Report of the Municipal Commissioner on the plague in Bombay for the year ending 31st May... - Volume 1
Disease focus: Plague
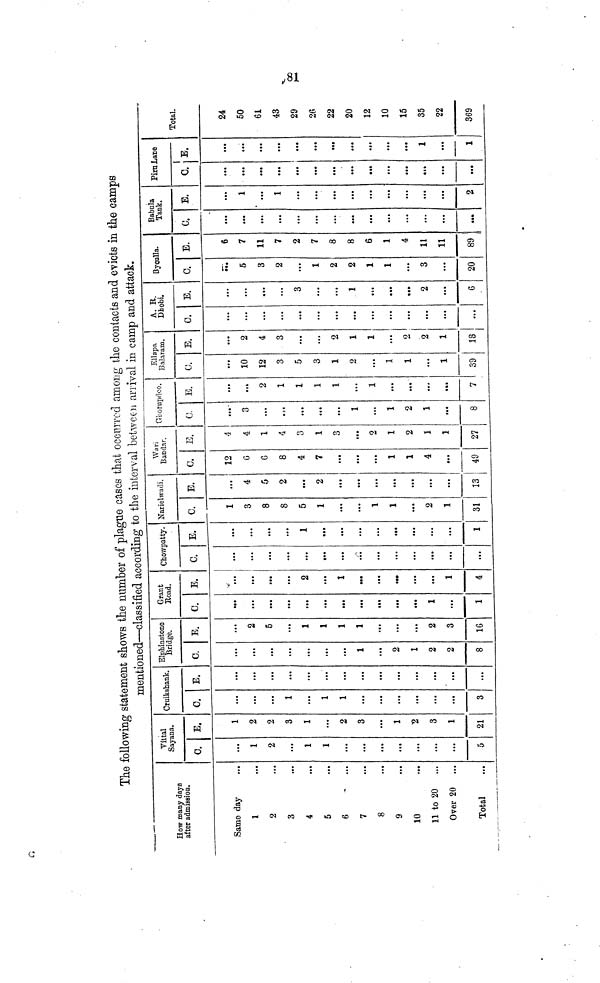
The following statement shows the number of plague cases that occurred among the contacts and evicts in the camps
mentioned—classified according to the interval between arrival in camp and attack.
How many days
after admission.
Same day
1
2
3
4
5
6
7
8
9
10
11 to 20 ...
Over 20 ...
Total
Vittal
Sayana.
C.
1
2
1
1
...
...
...
5
E.
1
2
2
3
1
2
3
1
2
3
1
21
Cruikshank.
c.
...
1
1
1
...
...
...
3
E.
...
...
...
...
...
...
...
ElpMnstone
Bridge.
C.
...
...
...
1
2
1
2
2
8
E.
2
5
1
1
1
1
2
3
16
Grant
Road,
C.
1
• • •
1
E.
2
1
...
1
4
Chowpatty.
C.
...
...
...
...
E.
1
...
...
1
Nariehvadi.
C.
1
3
8
8
5
1
1
1
2
1
31
E.
4
5
2
2
...
...
...
...
13
Wari
Bandar.
C,
12
6
G
8
4
7
...
1
1
4
...
49
E.
4
4
1
4
3
1
3
2
1
2
1
1
27
Cfbornpdco.
C.
3
...
1
....
1
2
1
...
8
E.
2
1
1
1
1
...
1
...
...
7
Ellapa
Balaram.
C.
10
12
3
5
3
1
2
...
1
1
1
39
E.
2
4
3
2
1
1
2
2
1
18
A. R.
Dhobi.
0.
...
...
...
...
...
...
E.
...
3
1
...
2
...
6
Bycalla.
C.
5
3
2
1
2
2
1
1
3
...
20
E.
6
7
11
7
2
7
8
8
6
1
4
11
11
89
Babula
Tank.
c.
•••
...
...
.••
E.
1
1
...
2
Pirn Lace
C.
...
...
**•
E.
...
...
1
1
Total.
24
50
61
43
29
26
22
20
12
10
15
35
22
369